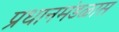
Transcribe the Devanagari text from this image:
प्रधानमंडळास